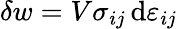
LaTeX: \delta w=V\sigma_{ij}\, \mathrm{d}\varepsilon_{ij}